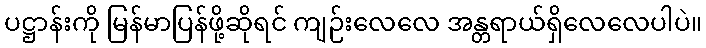
ပဋ္ဌာန်းကို မြန်မာပြန်ဖို့ဆိုရင် ကျဉ်းလေလေ အန္တရာယ်ရှိလေလေပါပဲ။